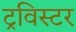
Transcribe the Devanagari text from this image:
ट्रविस्टर